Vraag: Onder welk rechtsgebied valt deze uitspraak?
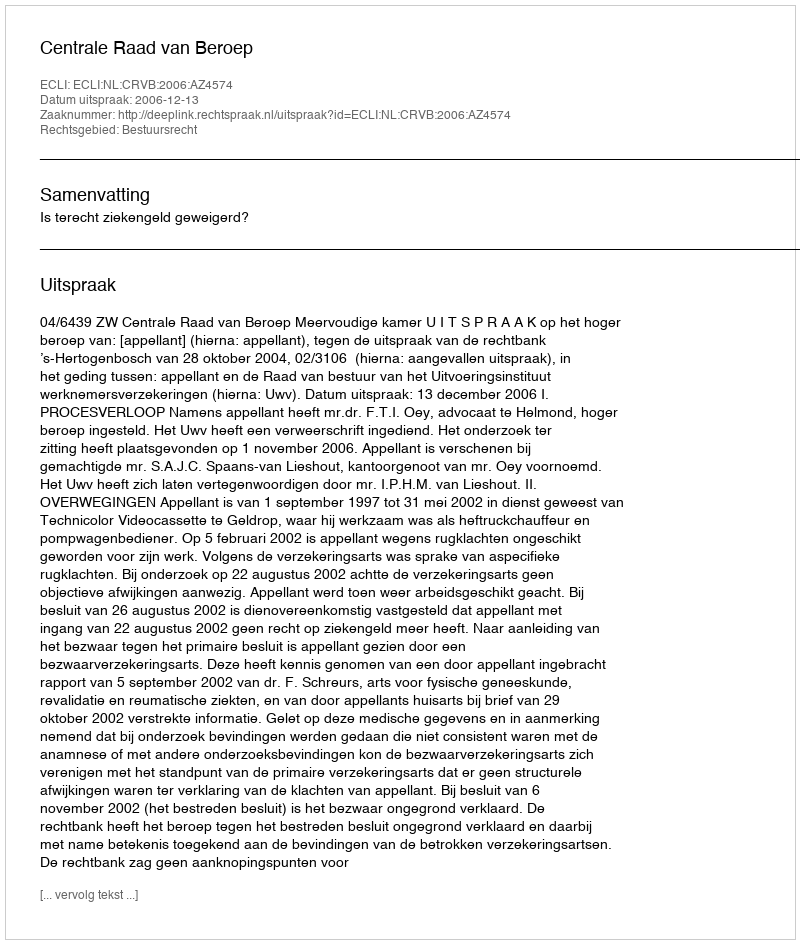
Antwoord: Bestuursrecht